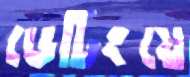
ডেটিংয়ে